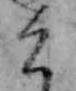
こ